Vaccine operations Central Provinces 1868-1885 - 1868-1885
Year: 1868
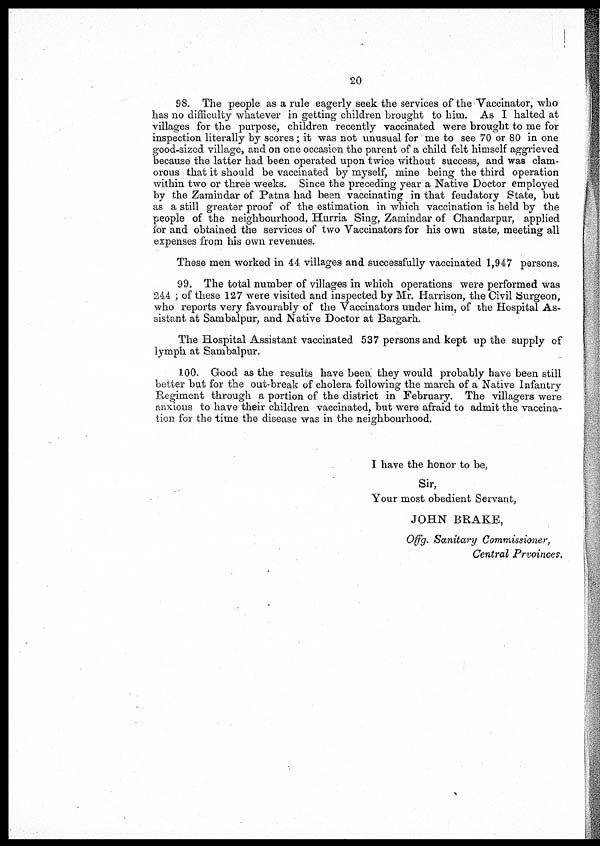
20
98. The people as a rule eagerly seek the services of the Vaccinator, who
has no difficulty whatever in getting children brought to him. As I halted at
villages for the purpose, children recently vaccinated were brought to me for
inspection literally by scores; it was not unusual for me to see 70 or 80 in one
good-sized village, and on one occasion the parent of a child felt himself aggrieved
because the latter had been operated upon twice without success, and was clam-
orous that it should be vaccinated by myself, mine being the third operation
within two or three weeks. Since the preceding year a Native Doctor employed
by the Zamindar of Patna had been vaccinating in that feudatory State, but
as a still greater proof of the estimation in which vaccination is held by the
people of the neighbourhood, Hurria Sing, Zamindar of Chandarpur, applied
for and obtained the services of two Vaccinators for his own state, meeting all
expenses from his own revenues.
These men worked in 44 villages and successfully vaccinated 1,947 persons.
99. The total number of villages in which operations were performed was
244 ; of these 127 were visited and inspected by Mr. Harrison, the Civil Surgeon,
who reports very favourably of the Vaccinators under him, of the Hospital As-
sistant at Sambalpur, and Native Doctor at Bargarh.
The Hospital Assistant vaccinated 537 persons and kept up the supply of
lymph at Sambalpur.
100. Good as the results have been they would probably have been still
better but for the out-break of cholera following the march of a Native Infantry
Regiment through a portion of the district in February. The villagers were
anxious to have their children vaccinated, but were afraid to admit the vaccina-
tion for the time the disease was in the neighbourhood.
I have the honor to be,
Sir,
Your most obedient Servant,
JOHN BRAKE,
Offg. Sanitary Commissioner,
Central Prvoinces.